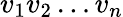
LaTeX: v_{1}v_{2}\ldots v_{n}